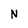
Character: N